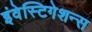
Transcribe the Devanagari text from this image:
इंवेस्टिगेशन्स